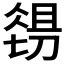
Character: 𱏉